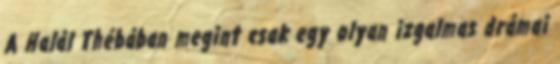
A Halál Thébában megint csak egy olyan izgalmas drámai